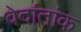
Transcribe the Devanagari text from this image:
वेदांतांक